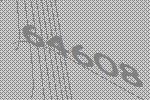
64608